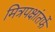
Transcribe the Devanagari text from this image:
मित्रपक्षांतर्फे